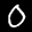
Label: 0